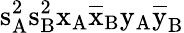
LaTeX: \mathrm{s_{A}^{2}\mathrm{s_{B}^{2}\mathrm{x_{A}\mathrm{\overline{{x}}_{B}\mathrm{y_{A}\mathrm{\overline{{y}}_{B}}}}}}}